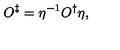
O ^ { \ddag } = \eta ^ { - 1 } O ^ { \dag } \eta ,